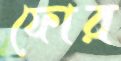
ফোর